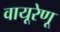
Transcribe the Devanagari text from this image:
वायूरेणू